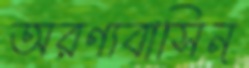
অরণ্যবাসিন্